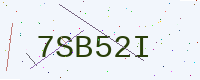
Text: 7SB52I